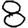
Digit: 8